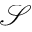
\mathcal { S }